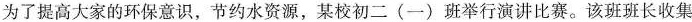
为了提高大家的环保意识，节约水资源，某校初二(一)班举行演讲比赛。该班班长收集